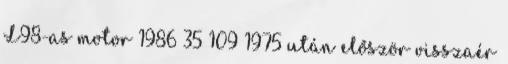
L98-as motor 1986 35 109 1975 után először visszaér